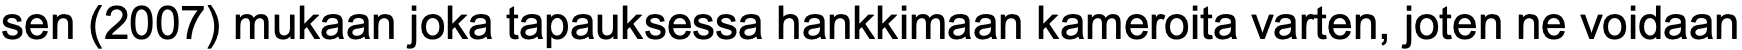
sen (2007) mukaan joka tapauksessa hankkimaan kameroita varten, joten ne voidaan